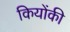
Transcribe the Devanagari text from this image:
कियोंकी